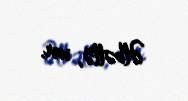
Əlbəttə, var.